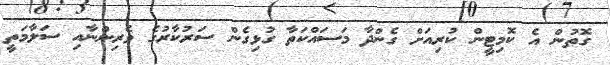
ގޮތުން އެ ކޮމިޓީން ކުރިއަށް ގެންދާ މަސައްކަތާ ގުޅިގެން ސަރުކާރުގެ ވެރިންނާއި ސަލާމަތީ